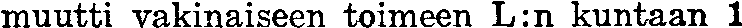
muutti vakinaiseen toimeen L:n kuntaan 1